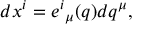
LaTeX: d x ^ { i } = e ^ { i } { } _ { \mu } ( q ) d q ^ { \mu } ,